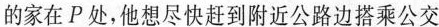
的家在P处，他想尽快赶到附近公路边搭乘公交